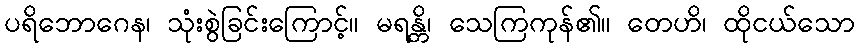
ပရိဘောဂေန၊ သုံးစွဲခြင်းကြောင့်။ မရန္တိ၊ သေကြကုန်၏။ တေဟိ၊ ထိုငယ်သော